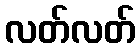
လတ်လတ်